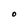
Character: O